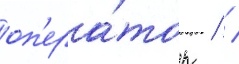
оп'ера́тор   /